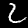
Label: 2